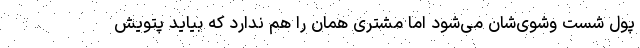
پول شست وشوی‌شان می‌شود اما مشتری همان را هم ندارد که بیاید پتویش